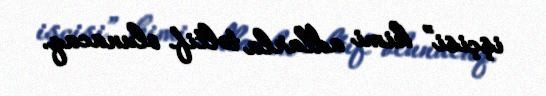
işçisi” kimi adlarla təltif olunacaq.